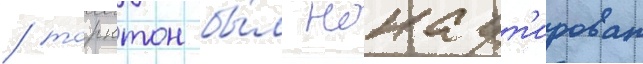
/ торнтон бы́л нокаут'ирован